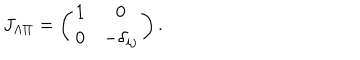
J _ { \Lambda \Pi } = \left( \begin{matrix} { { 1 } } & { { 0 } } \\ { { 0 } } & { { - \delta _ { i j } } } \\ \end{matrix} \right) .